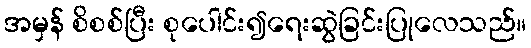
အမှန် စိစစ်ပြီး စုပေါင်း၍ရေးဆွဲခြင်းပြုလေသည်။